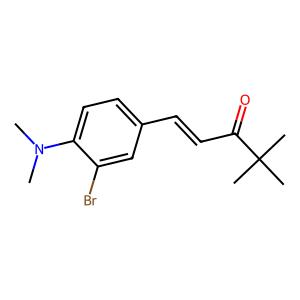
SMILES: CN(C)c1ccc(C=CC(=O)C(C)(C)C)cc1Br
Inhibits HIV replication: No